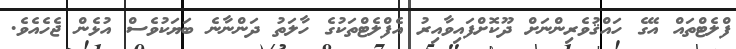
ފްލެޓްތައް އޭގެ ހައްޤުވެރިންނަށް ދޫކޮށްފައިވާއިރު އެފްލެޓްތަކުގެ ހާލަތު ދަންނާނެ ބަޔަކުވެސް އުޅެން ޖެހެއެވެ.